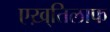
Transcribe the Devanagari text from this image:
एख़्तिलाफ